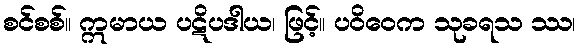
စင်စစ်။ ဣမာယ ပဋိပဒါယ၊ ဖြင့်။ ပဝိဝေက သုခရသ ဿ၊